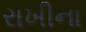
રાખીના